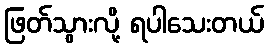
ဖြတ်သွားလို့ ရပါသေးတယ်